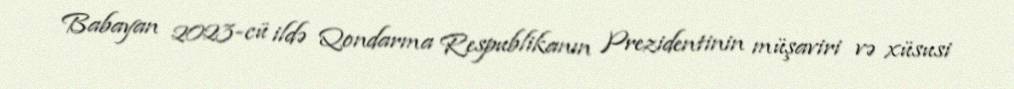
Babayan 2023-cü ildə Qondarma Respublikanın Prezidentinin müşaviri və xüsusi